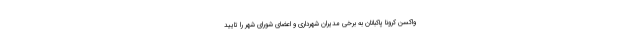
واکسن کرونا پاکبانان به برخی مدیران شهرداری و اعضای شورای شهر را تایید